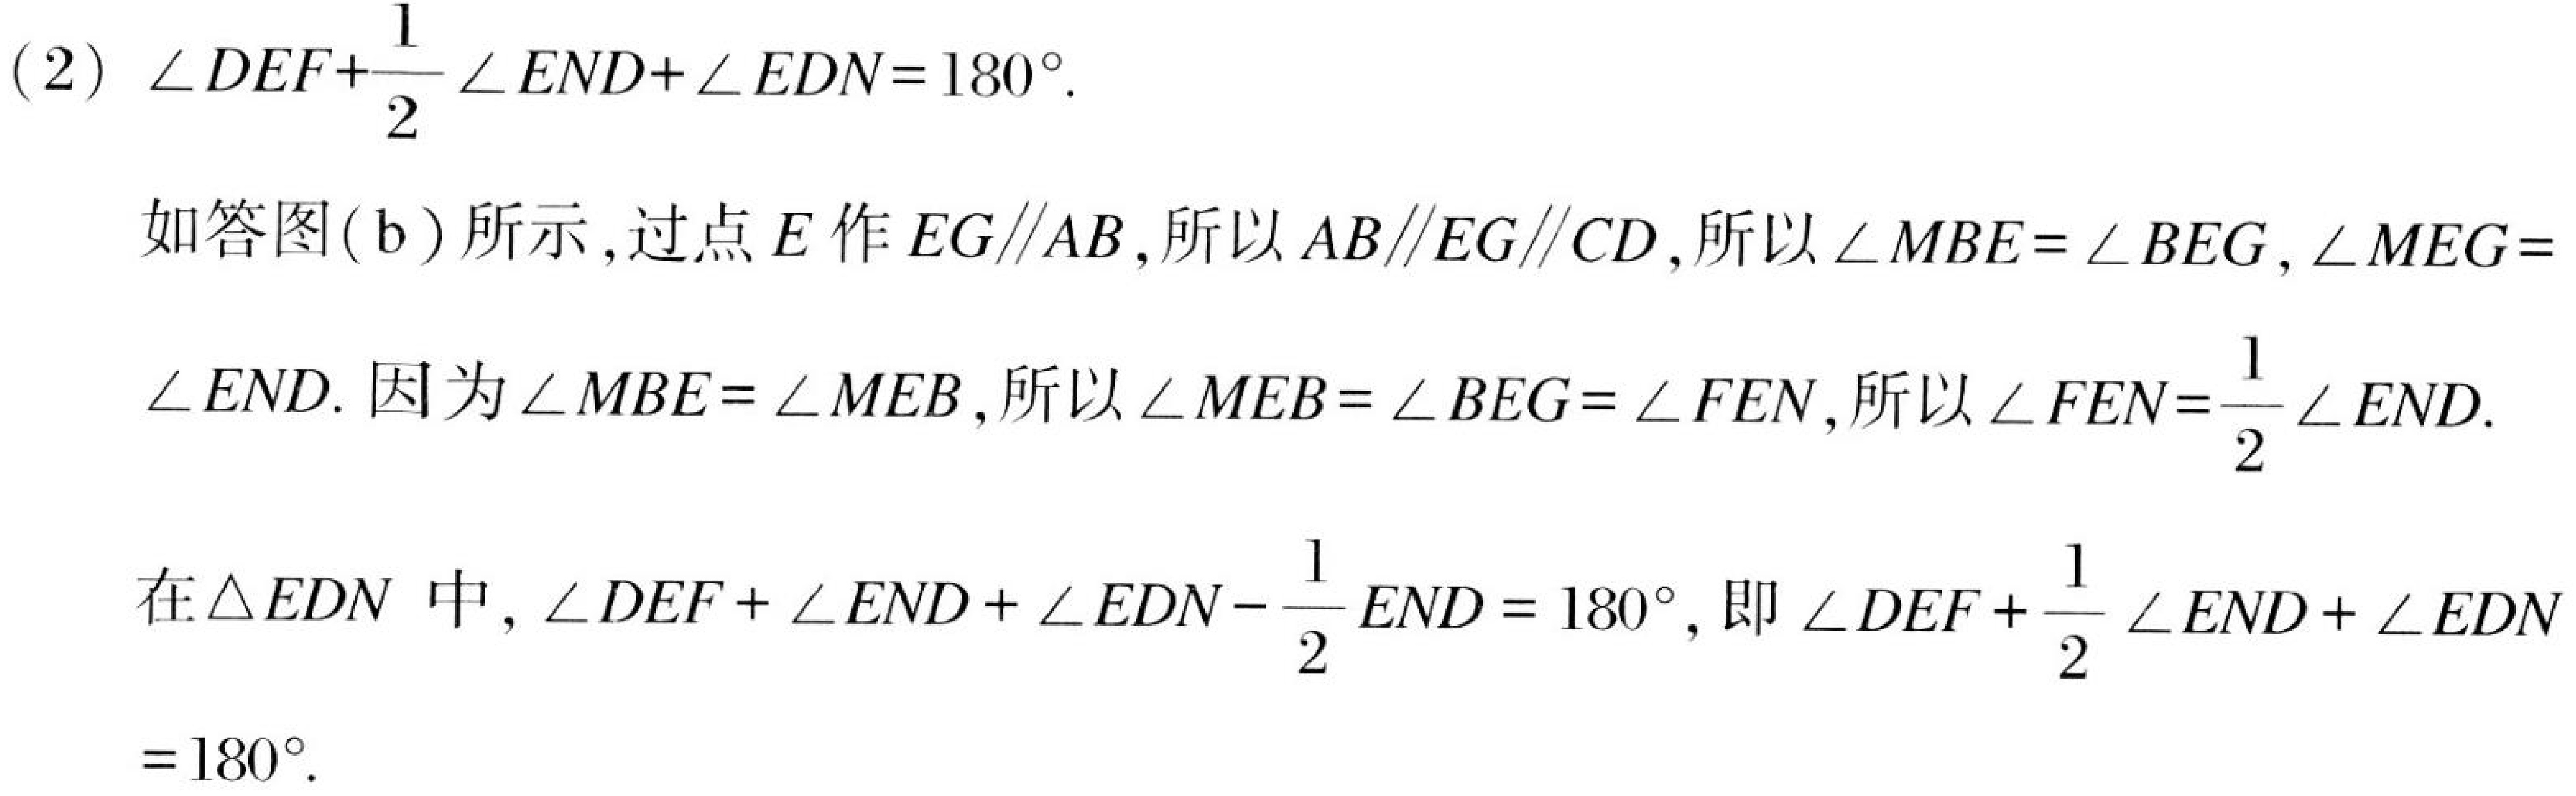
(2) $\angle DEF+\frac{1}{2}\angle END+\angle EDN = 180^{\circ}$.

如答图(b)所示,过点$E$作$EG\parallel AB$,所以$AB\parallel EG\parallel CD$,所以$\angle MBE = \angle BEG$, $\angle MEG = \angle END$. 因为$\angle MBE = \angle MEB$,所以$\angle MEB = \angle BEG = \angle FEN$,所以$\angle FEN=\frac{1}{2}\angle END$.

在$\triangle EDN$ 中, $\angle DEF+\angle END+\angle EDN - \frac{1}{2}END = 180^{\circ}$, 即 $\angle DEF+\frac{1}{2}\angle END+\angle EDN = 180^{\circ}$.